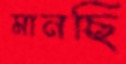
মানছি